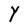
Character: Y